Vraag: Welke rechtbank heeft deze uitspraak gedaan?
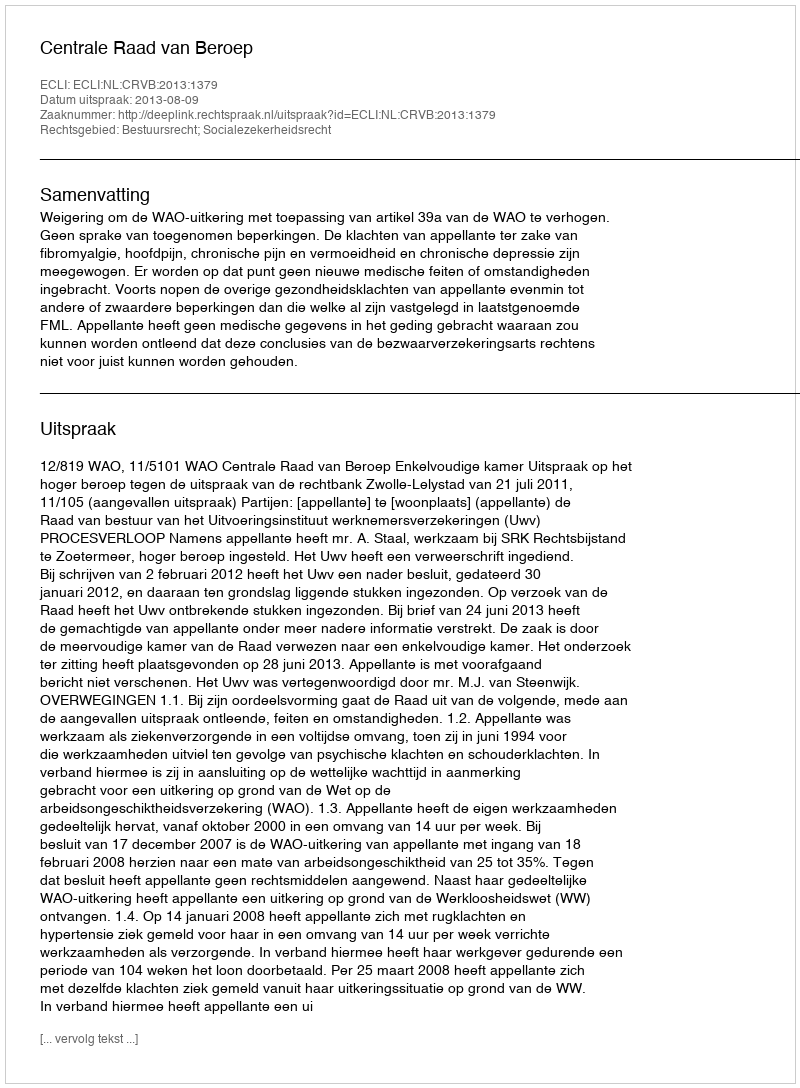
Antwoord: Centrale Raad van Beroep